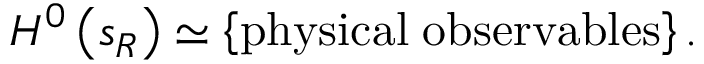
H ^ { 0 } \left( s _ { R } \right) \simeq \left\{ \mathrm { p h y s i c a l \; o b s e r v a b l e s } \right\} .